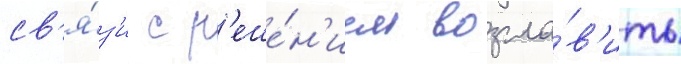
св'я́з'и с р'еше́н'ием возгла́в'ить